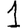
Digit: 1